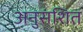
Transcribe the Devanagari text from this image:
अनुसंशित